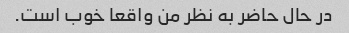
در حال حاضر به نظر من واقعا خوب است.